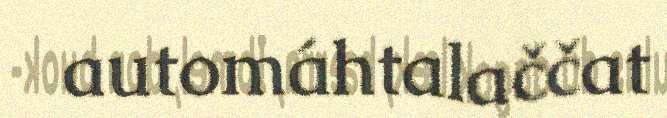
automáhtalaččat